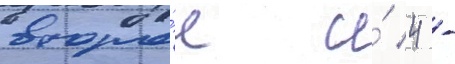
второ́е и́ 4 -